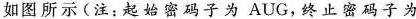
如图所示(注；起始密码子为AUG，终止密码子为